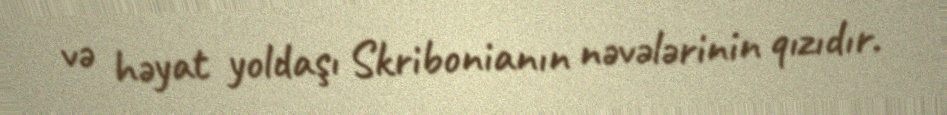
və həyat yoldaşı Skribonianın nəvələrinin qızıdır.